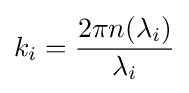
k_{i}={\frac {2\pi n(\lambda _{i})}{\lambda _{i}}}